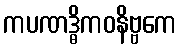
ကပဏဒ္ဓိကဝနိဗ္ဗကေ